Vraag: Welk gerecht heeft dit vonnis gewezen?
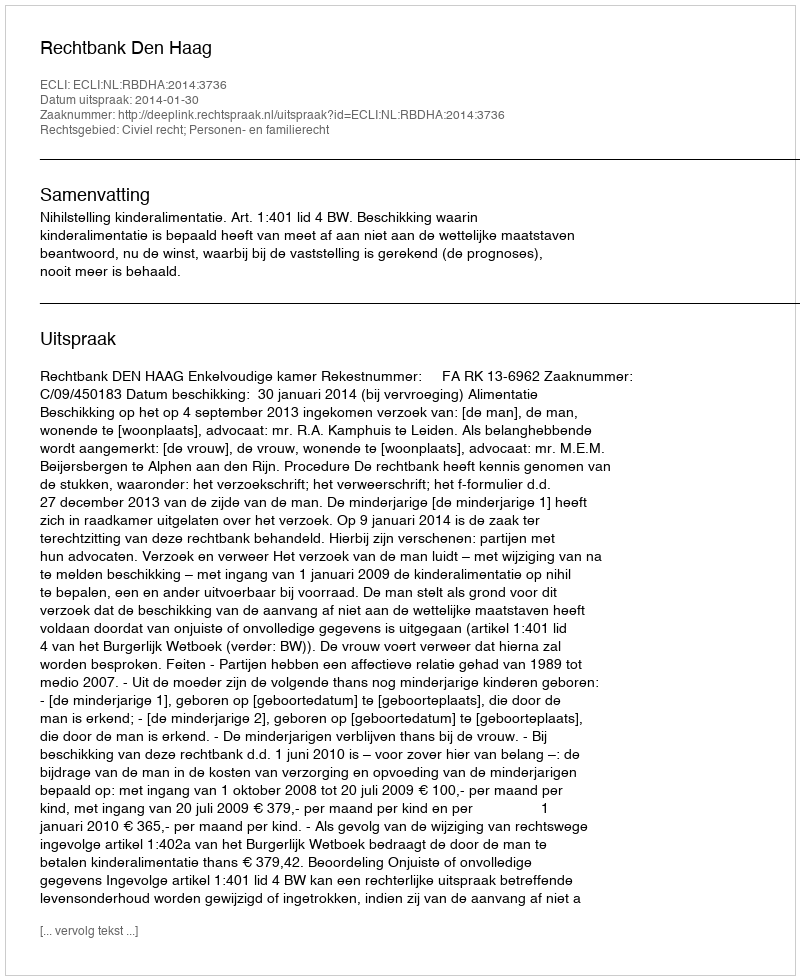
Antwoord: Rechtbank Den Haag